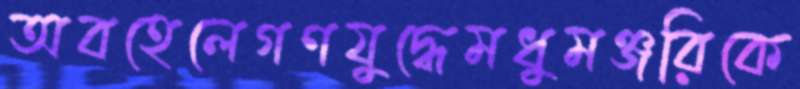
অবহেলেগণযুদ্ধেমধুমঞ্জরিকে